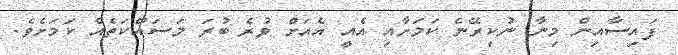
ފައިސާއިން މިނާ ނުކިރޭނެ ކަމަށާއި އެއީ އެއަށް ވުރެ ބުރަ މަސައްކަތެއް ކަމަށެވެ.